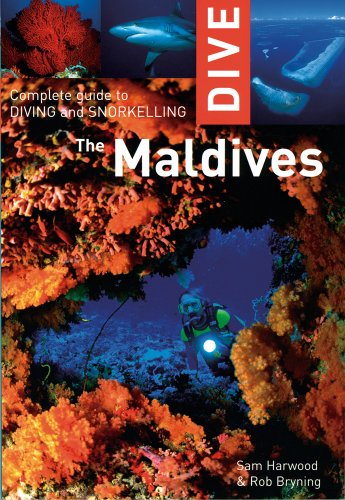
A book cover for Dive the Maldives: Complete Guide to Diving and Snorkeling; Sam Harwood; Travel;